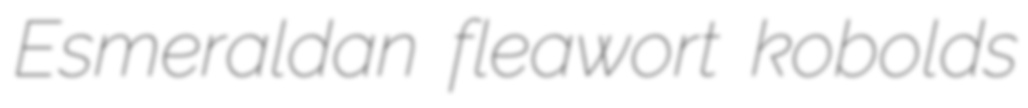
Esmeraldan fleawort kobolds